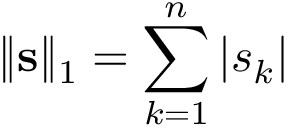
\| \mathbf { s } \| _ { 1 } = \sum _ { k = 1 } ^ { n } \left| s _ { k } \right|